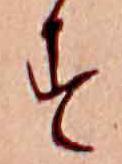
す